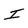
Character: I